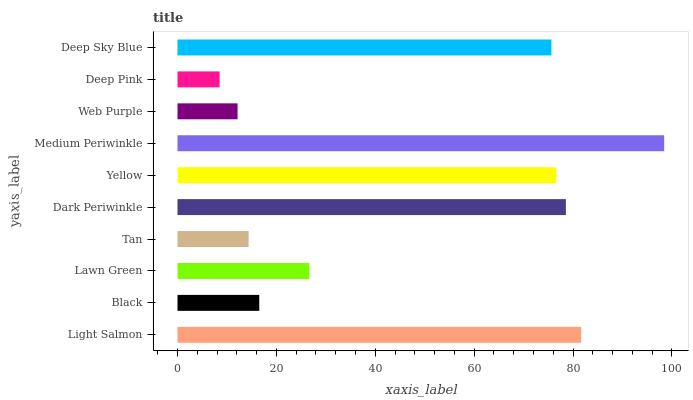
| yaxis_label | bars |
 | --- | --- |
 | Light Salmon | 81.7 |
 | Black | 16.5 |
 | Lawn Green | 26.7 |
 | Tan | 14.4 |
 | Dark Periwinkle | 78.6 |
 | Yellow | 76.6 |
 | Medium Periwinkle | 98.4 |
 | Web Purple | 12.2 |
 | Deep Pink | 8.52 |
 | Deep Sky Blue | 75.6 |